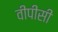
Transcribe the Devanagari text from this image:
वीपीसी